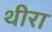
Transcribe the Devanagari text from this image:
थीरा